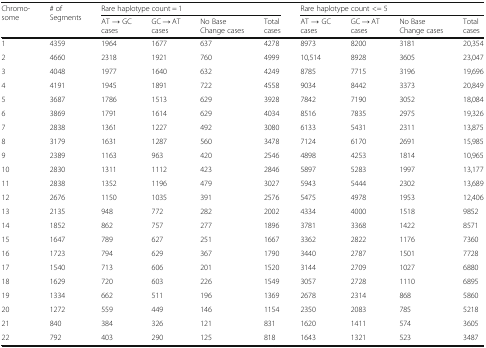
<table><thead><tr><td rowspan="2"><b>Chromo-some</b></td><td rowspan="2"><b># of Segments</b></td><td colspan="4"><b>Rare haplotype count = 1</b></td><td colspan="4"><b>Rare haplotype count &lt;= 5</b></td></tr><tr><td><b>AT → GC cases</b></td><td><b>GC → AT cases</b></td><td><b>No Base Change cases</b></td><td><b>Total cases</b></td><td><b>AT → GC cases</b></td><td><b>GC → AT cases</b></td><td><b>No Base Change cases</b></td><td><b>Total cases</b></td></tr></thead><tbody><tr><td>1</td><td>4359</td><td>1964</td><td>1677</td><td>637</td><td>4278</td><td>8973</td><td>8200</td><td>3181</td><td>20,354</td></tr><tr><td>2</td><td>4660</td><td>2318</td><td>1921</td><td>760</td><td>4999</td><td>10,514</td><td>8928</td><td>3605</td><td>23,047</td></tr><tr><td>3</td><td>4048</td><td>1977</td><td>1640</td><td>632</td><td>4249</td><td>8785</td><td>7715</td><td>3196</td><td>19,696</td></tr><tr><td>4</td><td>4191</td><td>1945</td><td>1891</td><td>722</td><td>4558</td><td>9034</td><td>8442</td><td>3373</td><td>20,849</td></tr><tr><td>5</td><td>3687</td><td>1786</td><td>1513</td><td>629</td><td>3928</td><td>7842</td><td>7190</td><td>3052</td><td>18,084</td></tr><tr><td>6</td><td>3869</td><td>1791</td><td>1614</td><td>629</td><td>4034</td><td>8516</td><td>7835</td><td>2975</td><td>19,326</td></tr><tr><td>7</td><td>2838</td><td>1361</td><td>1227</td><td>492</td><td>3080</td><td>6133</td><td>5431</td><td>2311</td><td>13,875</td></tr><tr><td>8</td><td>3179</td><td>1631</td><td>1287</td><td>560</td><td>3478</td><td>7124</td><td>6170</td><td>2691</td><td>15,985</td></tr><tr><td>9</td><td>2389</td><td>1163</td><td>963</td><td>420</td><td>2546</td><td>4898</td><td>4253</td><td>1814</td><td>10,965</td></tr><tr><td>10</td><td>2830</td><td>1311</td><td>1112</td><td>423</td><td>2846</td><td>5897</td><td>5283</td><td>1997</td><td>13,177</td></tr><tr><td>11</td><td>2838</td><td>1352</td><td>1196</td><td>479</td><td>3027</td><td>5943</td><td>5444</td><td>2302</td><td>13,689</td></tr><tr><td>12</td><td>2676</td><td>1150</td><td>1035</td><td>391</td><td>2576</td><td>5475</td><td>4978</td><td>1953</td><td>12,406</td></tr><tr><td>13</td><td>2135</td><td>948</td><td>772</td><td>282</td><td>2002</td><td>4334</td><td>4000</td><td>1518</td><td>9852</td></tr><tr><td>14</td><td>1852</td><td>862</td><td>757</td><td>277</td><td>1896</td><td>3781</td><td>3368</td><td>1422</td><td>8571</td></tr><tr><td>15</td><td>1647</td><td>789</td><td>627</td><td>251</td><td>1667</td><td>3362</td><td>2822</td><td>1176</td><td>7360</td></tr><tr><td>16</td><td>1723</td><td>794</td><td>629</td><td>367</td><td>1790</td><td>3440</td><td>2787</td><td>1501</td><td>7728</td></tr><tr><td>17</td><td>1540</td><td>713</td><td>606</td><td>201</td><td>1520</td><td>3144</td><td>2709</td><td>1027</td><td>6880</td></tr><tr><td>18</td><td>1629</td><td>720</td><td>603</td><td>226</td><td>1549</td><td>3057</td><td>2728</td><td>1110</td><td>6895</td></tr><tr><td>19</td><td>1334</td><td>662</td><td>511</td><td>196</td><td>1369</td><td>2678</td><td>2314</td><td>868</td><td>5860</td></tr><tr><td>20</td><td>1272</td><td>559</td><td>449</td><td>146</td><td>1154</td><td>2350</td><td>2083</td><td>785</td><td>5218</td></tr><tr><td>21</td><td>840</td><td>384</td><td>326</td><td>121</td><td>831</td><td>1620</td><td>1411</td><td>574</td><td>3605</td></tr><tr><td>22</td><td>792</td><td>403</td><td>290</td><td>125</td><td>818</td><td>1643</td><td>1321</td><td>523</td><td>3487</td></tr></tbody></table>